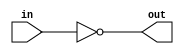
module cmos_not (
    input wire in,
    output wire out
);

assign out = ~in;

endmodule